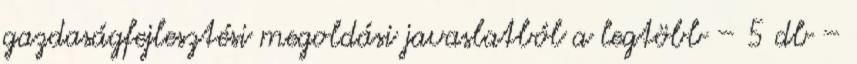
gazdaságfejlesztési megoldási javaslatból a legtöbb – 5 db –